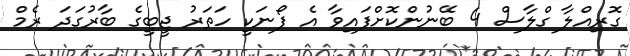
ގޮރިއްލާ ގްލާސް 4 ބޭނުންކޮށްފައިވާ އެ ފޯނަކީ ހަތަރު ޖީބީގެ ބާރުގަދަ ރެމް